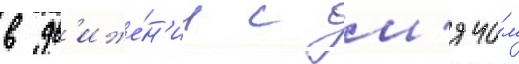
в дв'иже́н'ии с м'ячо́м